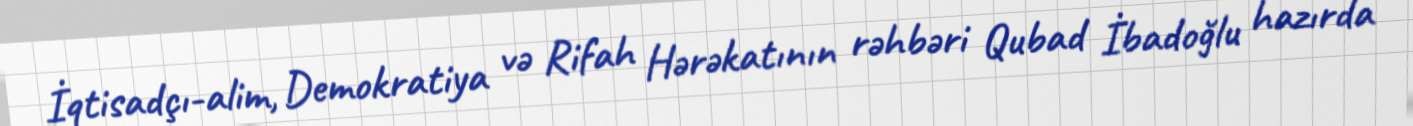
İqtisadçı-alim, Demokratiya və Rifah Hərəkatının rəhbəri Qubad İbadoğlu hazırda